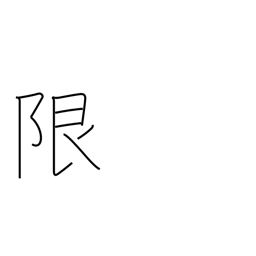
Meaning: limit